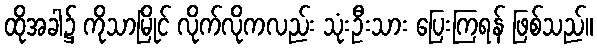
ထိုအခါ၌ ကိုသာမြိုင် လိုက်လိုကလည်း သုံးဦးသား ပြေးကြရန် ဖြစ်သည်။